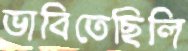
ভাবিতেছিলি